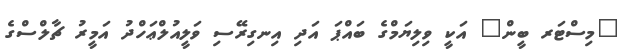
"މިސްޓަރ ބީން" އަކީ ވިލިޔަމްގެ ބައްޕަ އަދި އިނގިރޭސި ވަލީއުލްޢަހްދު އަމީރު ޗާލްސްގެ